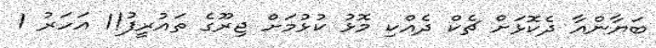
ބަޔާންއާ ދެކޮޅަށް ޗެކް ދެއްކި މޮޅު ކުޅުމަށް ޖިރޫގެ ތައުރީފު!1 އަހަރު 1